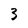
Character: 3